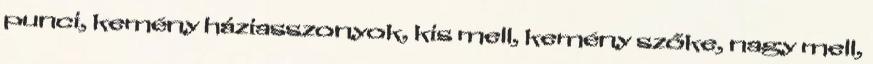
punci, kemény háziasszonyok, kis mell, kemény szőke, nagy mell,